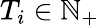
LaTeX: T_{i}\in\mathbb{N}_{+}